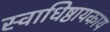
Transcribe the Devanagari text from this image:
स्वाधिष्ठायकाय